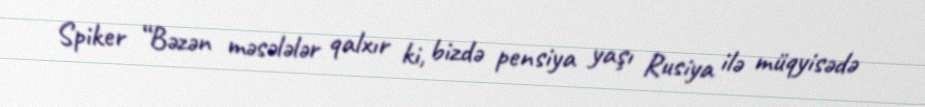
Spiker “Bəzən məsələlər qalxır ki, bizdə pensiya yaşı Rusiya ilə müqyisədə